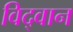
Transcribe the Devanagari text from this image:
विद्‌वान